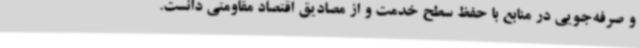
و صرفه‌جویی در منابع با حفظ سطح خدمت و از مصادیق اقتصاد مقاومتی دانست.